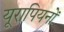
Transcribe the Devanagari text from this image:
यूरापियनों